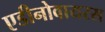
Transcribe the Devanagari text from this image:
एडीनोवायरस